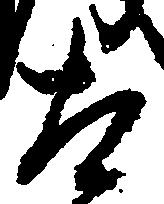
太